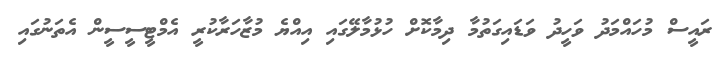
ރައީސް މުހައްމަދު ވަހީދު ވަޑައިގަތުމާ ދިމާކޮށް ހުޅުމާލޭގައި އިއްޔެ މުޒާހަރާކުރީ އެމްޓީސީސީން އެތަނުގައި